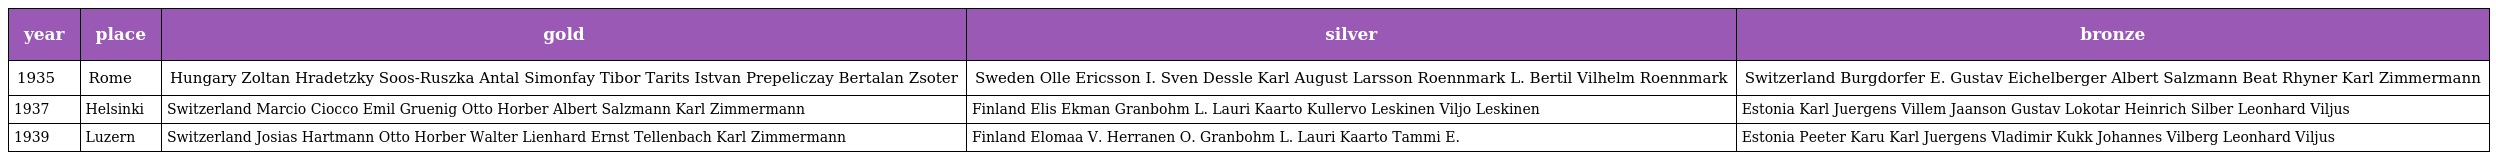
| year | place | gold | silver | bronze |
 | --- | --- | --- | --- | --- |
 | 1935 | Rome | Hungary Zoltan Hradetzky Soos-Ruszka Antal Simonfay Tibor Tarits Istvan Prepeliczay Bertalan Zsoter | Sweden Olle Ericsson I. Sven Dessle Karl August Larsson Roennmark L. Bertil Vilhelm Roennmark | Switzerland Burgdorfer E. Gustav Eichelberger Albert Salzmann Beat Rhyner Karl Zimmermann |
 | 1937 | Helsinki | Switzerland Marcio Ciocco Emil Gruenig Otto Horber Albert Salzmann Karl Zimmermann | Finland Elis Ekman Granbohm L. Lauri Kaarto Kullervo Leskinen Viljo Leskinen | Estonia Karl Juergens Villem Jaanson Gustav Lokotar Heinrich Silber Leonhard Viljus |
 | 1939 | Luzern | Switzerland Josias Hartmann Otto Horber Walter Lienhard Ernst Tellenbach Karl Zimmermann | Finland Elomaa V. Herranen O. Granbohm L. Lauri Kaarto Tammi E. | Estonia Peeter Karu Karl Juergens Vladimir Kukk Johannes Vilberg Leonhard Viljus |